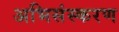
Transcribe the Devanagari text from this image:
अभिसंस्करण